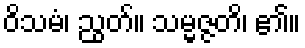
ဝိသမံ၊ ညွတ်။ သမ္မဇ္ဇတိ၊ ၏။